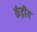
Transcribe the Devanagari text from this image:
कंद्रीय